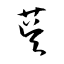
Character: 茣